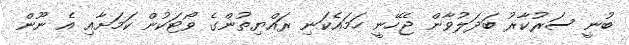
ބުނީ ސަރުކާރު ބަދަލުވާން ޖެހޭނީ ހަމައެކަނި ރައްޔިތުންގެ ވޯޓަކުން ކަމަށާއި އެ ނޫން